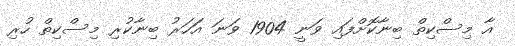
އާ މިސްކިތް ބިނާކޮށްފައި ވަނީ 1904 ވަނަ އަަހަރު ބިނާކުރި މިސްކިތް ހުރި